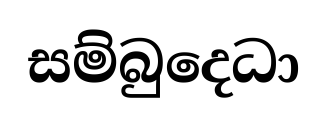
සම්බුදෙධා